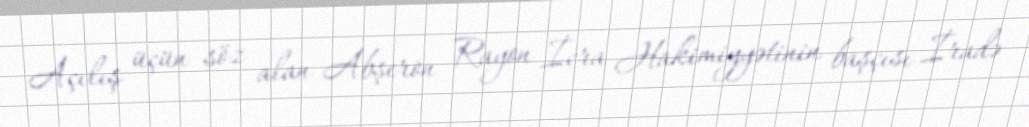
Açılış üçün söz alan Abşeron Rayon İcra Hakimiyyətinin başçısı İradə